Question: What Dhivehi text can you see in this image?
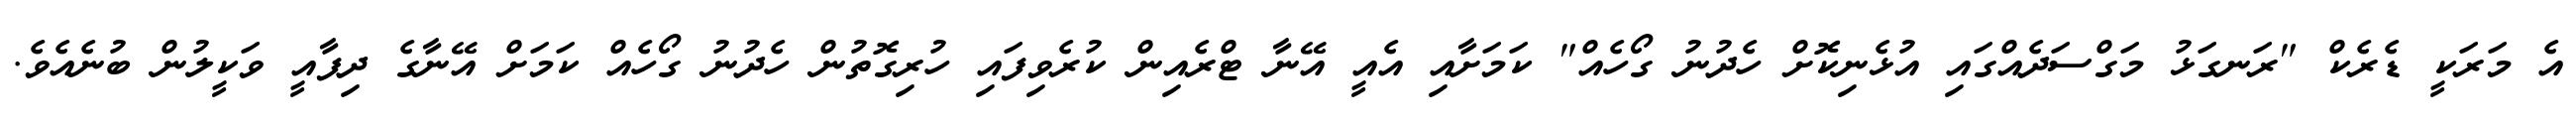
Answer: އެ މަރަކީ ޑެރެކް "ރަނގަޅު މަގްސަދެއްގައި އުޅެނިކޮށް ހެދުނު ގޯހެއް" ކަމަށާއި އެއީ އޭނާ ޓްރެއިން ކުރެވިފައި ހުރިގޮތުން ހެދުނު ގޯހެއް ކަމަށް އޭނާގެ ދިފާއީ ވަކީލުން ބުނެއެވެ.